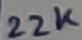
Text: 22K